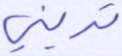
تريني